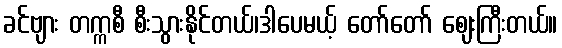
ခင်ဗျား တက္ကစီ စီးသွားနိုင်တယ်၊ဒါပေမယ့် တော်တော် ဈေးကြီးတယ်။